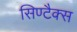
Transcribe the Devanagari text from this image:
सिण्टैक्स